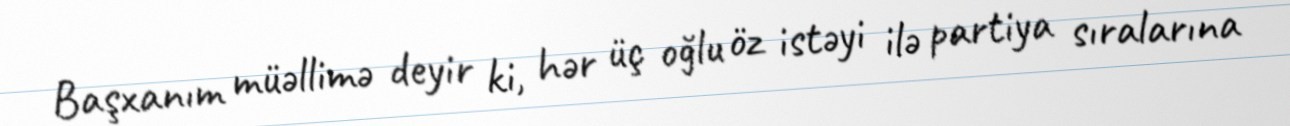
Başxanım müəllimə deyir ki, hər üç oğlu öz istəyi ilə partiya sıralarına